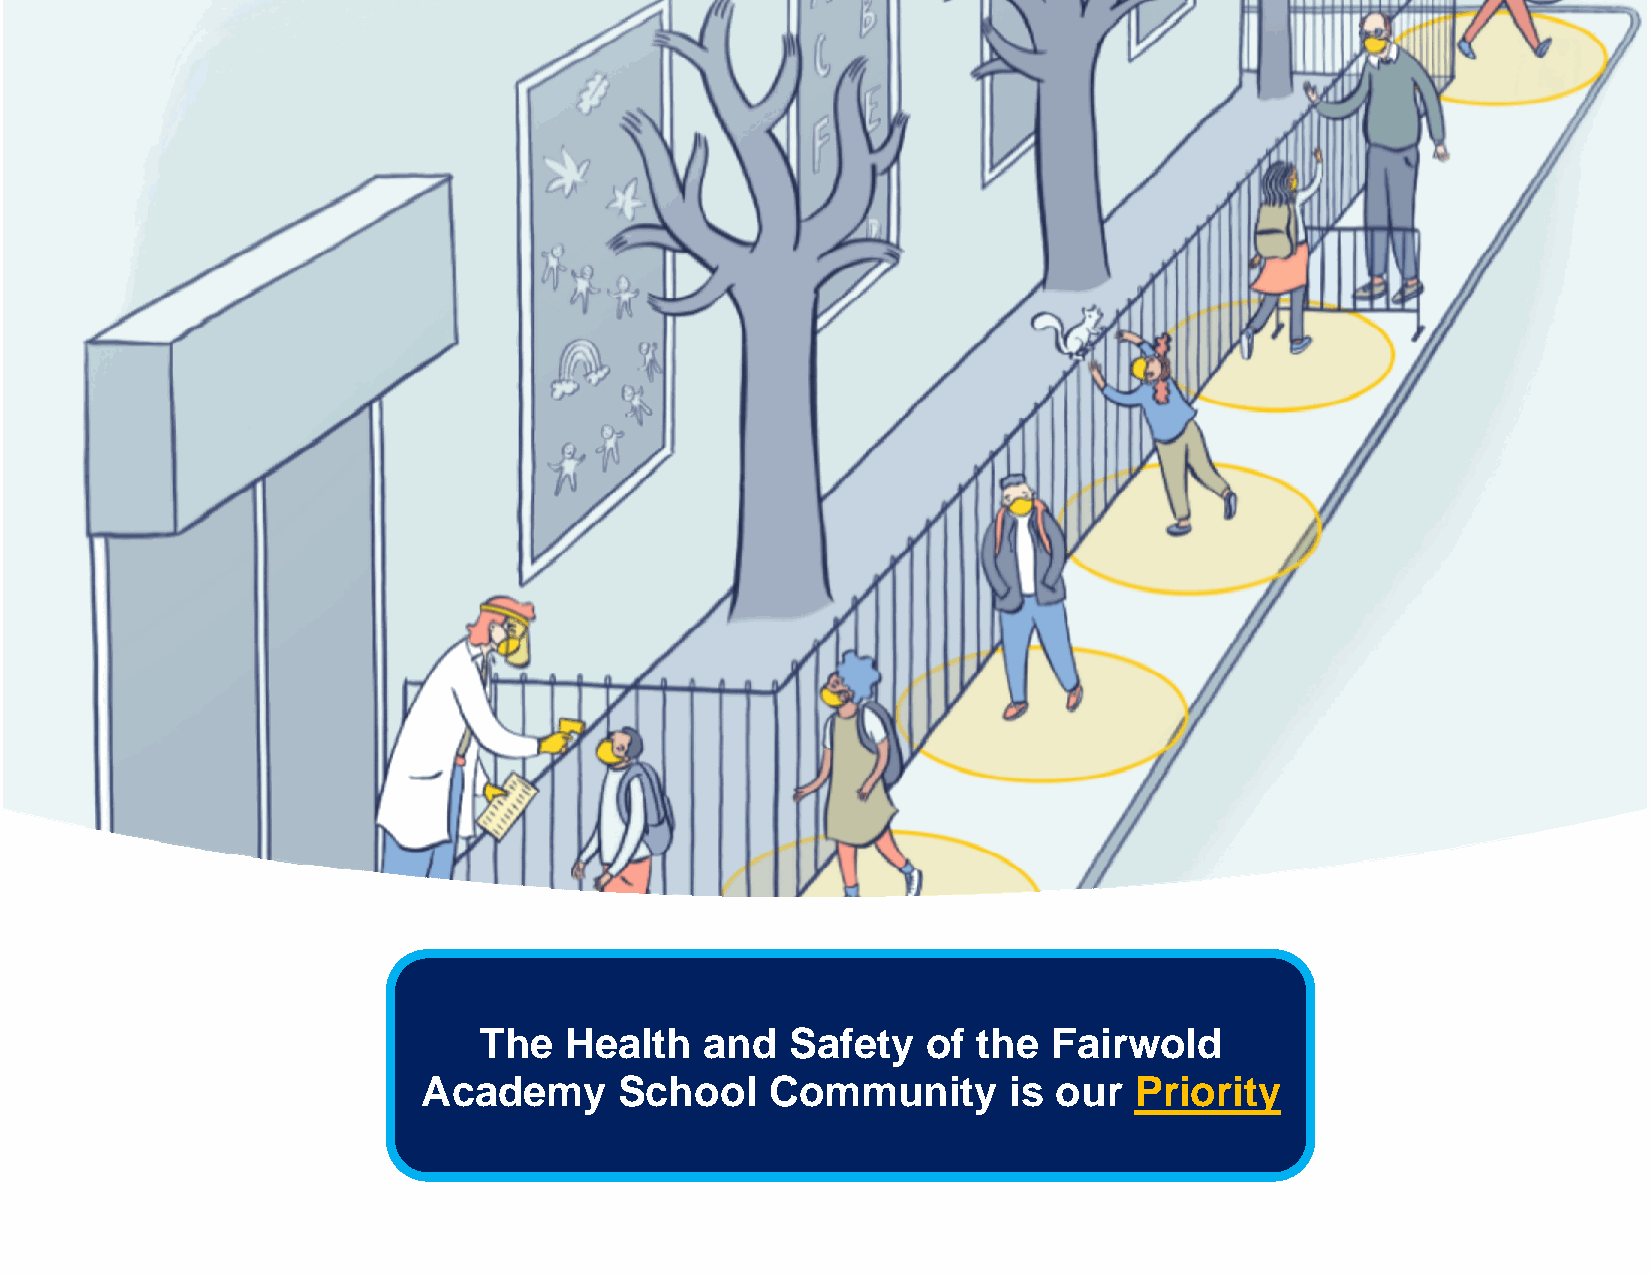
The  Health    and  Safety   of  the  Fairwold
 Academy      School    Community       is our  Priority